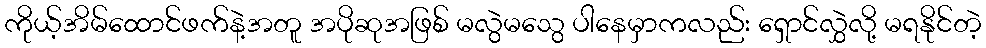
ကိုယ့်အိမ်ထောင်ဖက်နဲ့အတူ အပိုဆုအဖြစ် မလွဲမသွေ ပါနေမှာကလည်း ရှောင်လွှဲလို့ မရနိုင်တဲ့